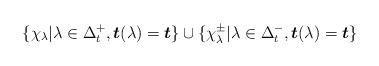
LaTeX: \begin{align*}\{\chi_\lambda|\lambda\in\Delta_t^+,\boldsymbol{t}(\lambda)=\boldsymbol{t}\}\cup\{\chi_\lambda^\pm|\lambda\in\Delta_t^-,\boldsymbol{t}(\lambda)=\boldsymbol{t}\}\end{align*}